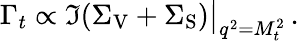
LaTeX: \Gamma_{t}\propto\Im(\Sigma_{\mathrm{V}}+\Sigma_{\mathrm{S}})\big|_{q^{2}=M_{t}^{2}}\, .